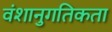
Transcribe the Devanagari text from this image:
वंशानुगतिकता